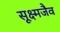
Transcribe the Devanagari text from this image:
सूक्ष्मजैव